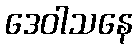
ဒေဝါသနေ